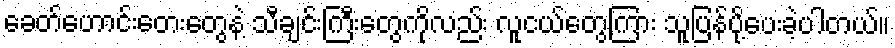
ခေတ်ဟောင်းတေးတွေနဲ့ သီချင်းကြီးတွေကိုလည်း လူငယ်တွေကြား သူပြန်ပို့ပေးခဲ့ပါတယ်။